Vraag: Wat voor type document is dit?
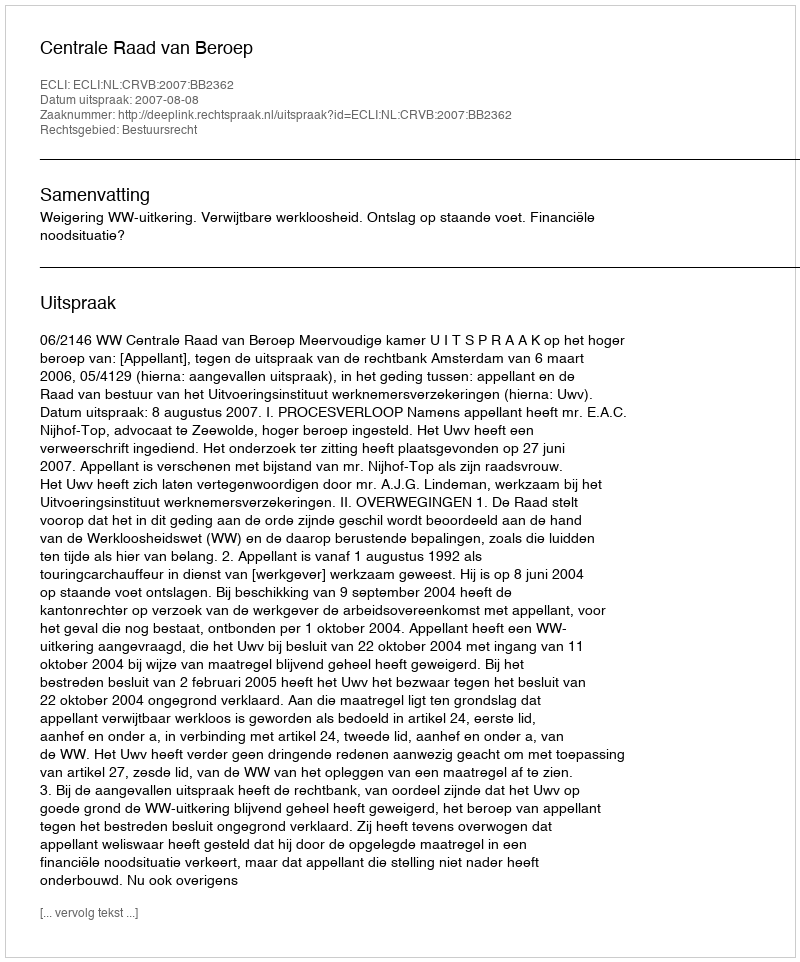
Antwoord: Uitspraak